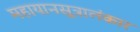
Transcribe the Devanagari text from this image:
महायानसूत्रालंकार